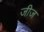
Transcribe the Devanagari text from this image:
जीज